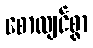
စောလျင်စွာ